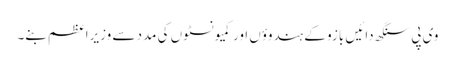
وی پی سنگھ دائیں بازو کے ہندوؤں اور کمیونسٹوں کی مدد سے وزیرِاعظم بنے۔